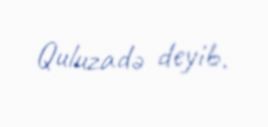
Quluzadə deyib.